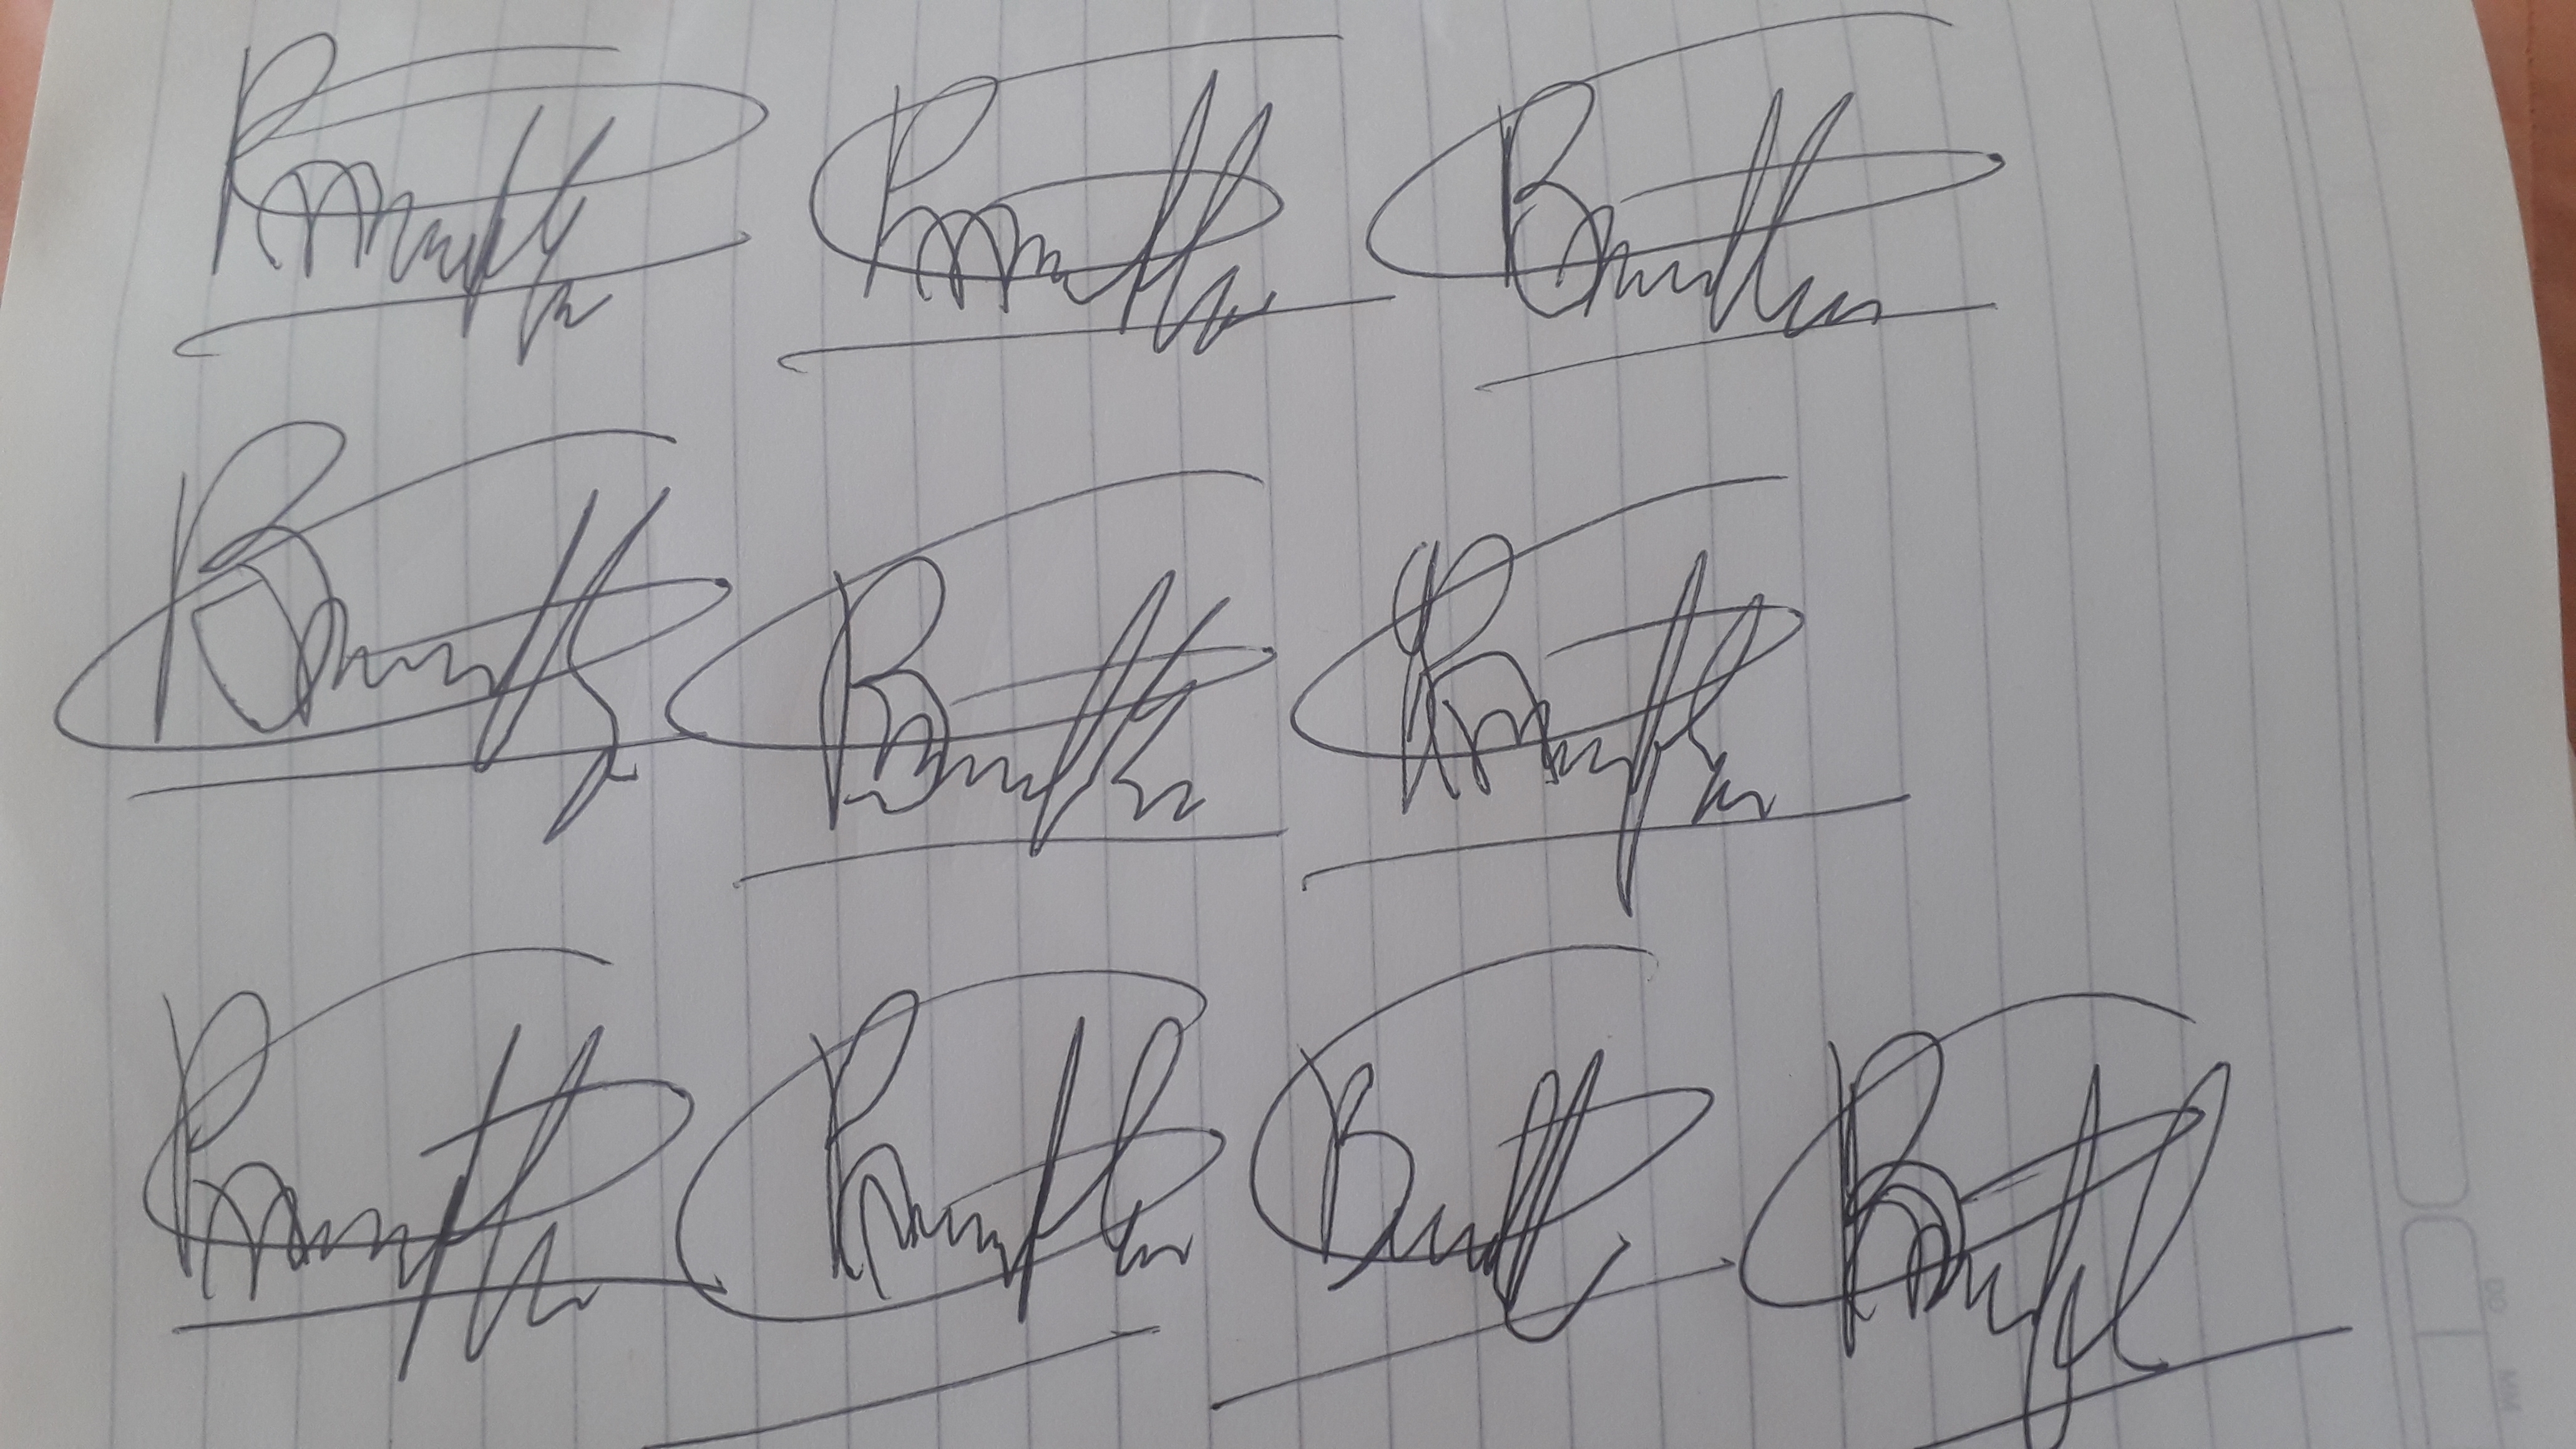
Signature authenticity: forged